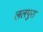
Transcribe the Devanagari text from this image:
ललपुरा